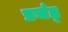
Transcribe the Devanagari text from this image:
प्रचंड्